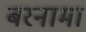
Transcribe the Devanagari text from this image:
बरनामा